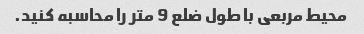
محیط مربعی با طول ضلع 9 متر را محاسبه کنید.